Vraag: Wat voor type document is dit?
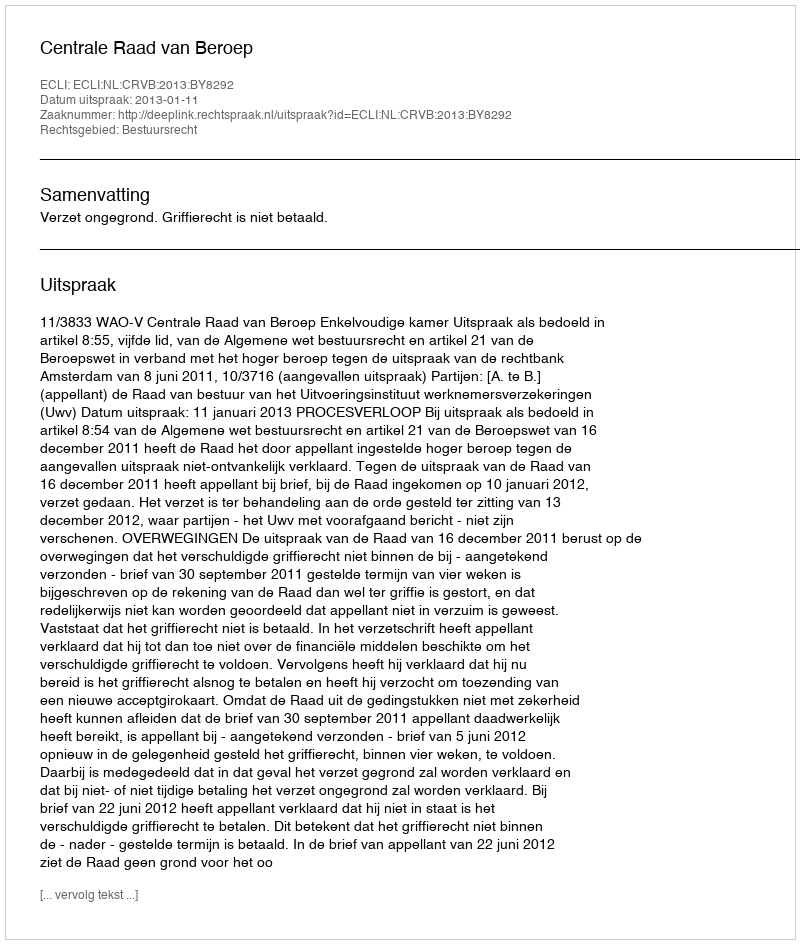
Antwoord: Uitspraak